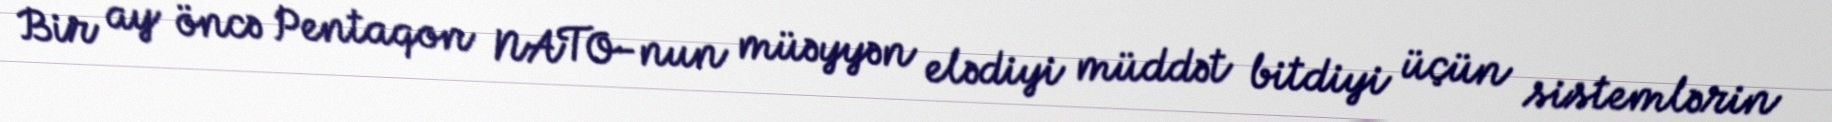
Bir ay öncə Pentaqon NATO-nun müəyyən elədiyi müddət bitdiyi üçün sistemlərin